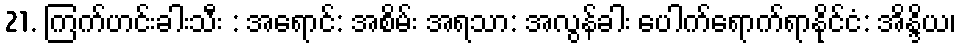
21. ကြက်ဟင်းခါးသီး : အရောင်: အစိမ်း အရသာ: အလွန်ခါး ပေါက်ရောက်ရာနိုင်ငံ: အိန္ဒိယ၊